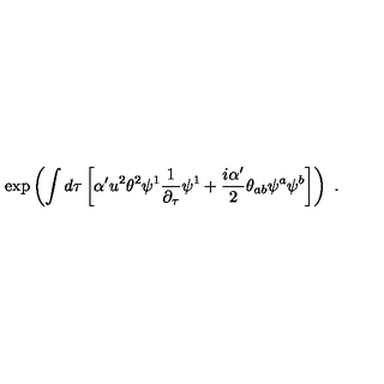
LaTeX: \exp \left( \int d \tau \left[ \alpha ^ { \prime } u ^ { 2 } \theta ^ { 2 } \psi ^ { 1 } \frac { 1 } { \partial _ { \tau } } \psi ^ { 1 } + \frac { i \alpha ^ { \prime } } { 2 } \theta _ { a b } \psi ^ { a } \psi ^ { b } \right] \right) \ .